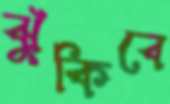
ঝুঁকিবে